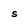
Character: S